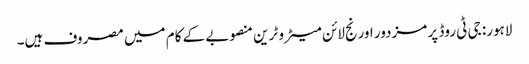
لاہور: جی ٹی روڈ پر مزدور اورنج لائن میٹرو ٹرین منصوبے کے کام میں مصروف ہیں۔